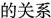
的关系